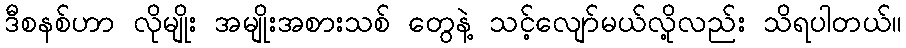
ဒီစနစ်ဟာ လိုမျိုး အမျိုးအစားသစ် တွေနဲ့ သင့်လျော်မယ်လို့လည်း သိရပါတယ်။